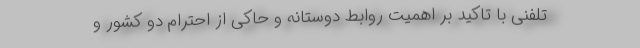
تلفنی با تاکید بر اهمیت روابط دوستانه و حاکی از‌ احترام دو کشور و